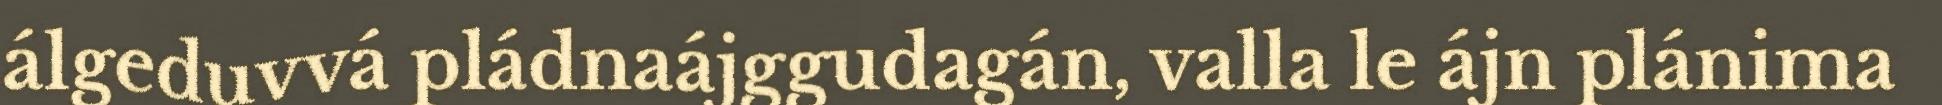
álgeduvvá pládnaájggudagán, valla le ájn plánima